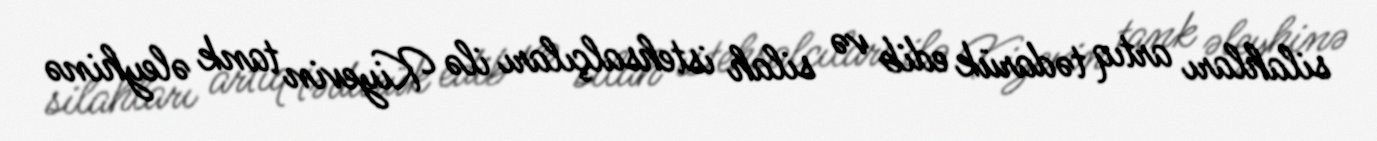
silahları artıq tədarük edib və silah istehsalçıları ilə Kiyevin tank əleyhinə